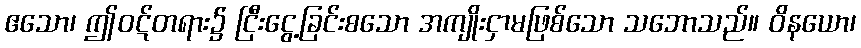
ဧသော၊ ဤဝဋ်တရား၌ ငြီးငွေ့ခြင်းစသော အကျိုးငှာမဖြစ်သော သဘောသည်။ ဝိနယော၊